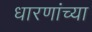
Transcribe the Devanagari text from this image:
धारणांच्या